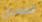
المسجل